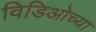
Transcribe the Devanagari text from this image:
विडिओच्या